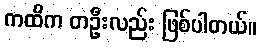
ကထိက တဦးလည်း ဖြစ်ပါတယ်။